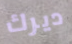
ديرك